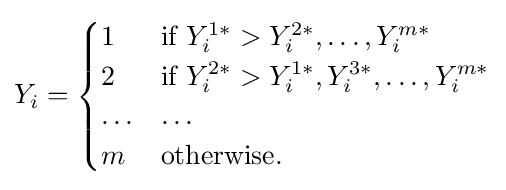
Y_{i}={\begin{cases}1&{\text{if }}Y_{i}^{1\ast }>Y_{i}^{2\ast },\ldots ,Y_{i}^{m\ast }\\2&{\text{if }}Y_{i}^{2\ast }>Y_{i}^{1\ast },Y_{i}^{3\ast },\ldots ,Y_{i}^{m\ast }\\\ldots &\ldots \\m&{\text{otherwise.}}\end{cases}}